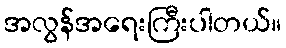
အလွန်အရေးကြီးပါတယ်။